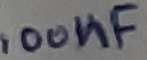
Text: 100nF